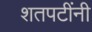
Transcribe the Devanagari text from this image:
शतपटींनी